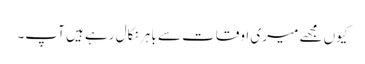
کیوں مجھے میری اوقات سے باہر نکال رہے ہیں آپ۔